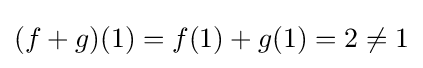
(f+g)(1)=f(1)+g(1)=2\neq 1